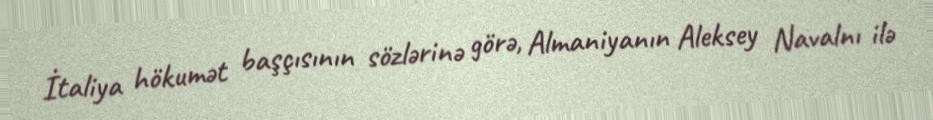
İtaliya hökumət başçısının sözlərinə görə, Almaniyanın Aleksey Navalnı ilə